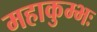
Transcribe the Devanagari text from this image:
महाकुम्भः